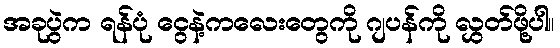
အခုပွဲက ရန်ပုံ ငွေနဲ့ကလေးတွေကို ဂျပန်ကို လွှတ်ဖို့ပါ။